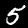
Digit: 5